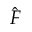
\hat { F }